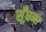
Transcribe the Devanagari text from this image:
सूँघना